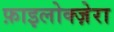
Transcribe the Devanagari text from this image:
फ़ाइलोक्ज़ेरा